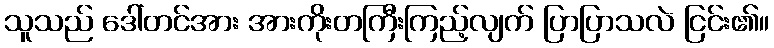
သူသည် ဒေါ်တင်အား အားကိုးတကြီးကြည့်လျက် ပြာပြာသလဲ ငြင်း၏။